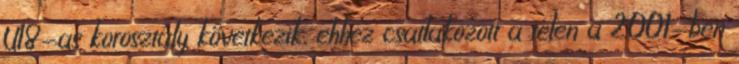
U18-as korosztály következik, ehhez csatlakozott a télen a 2001-ben